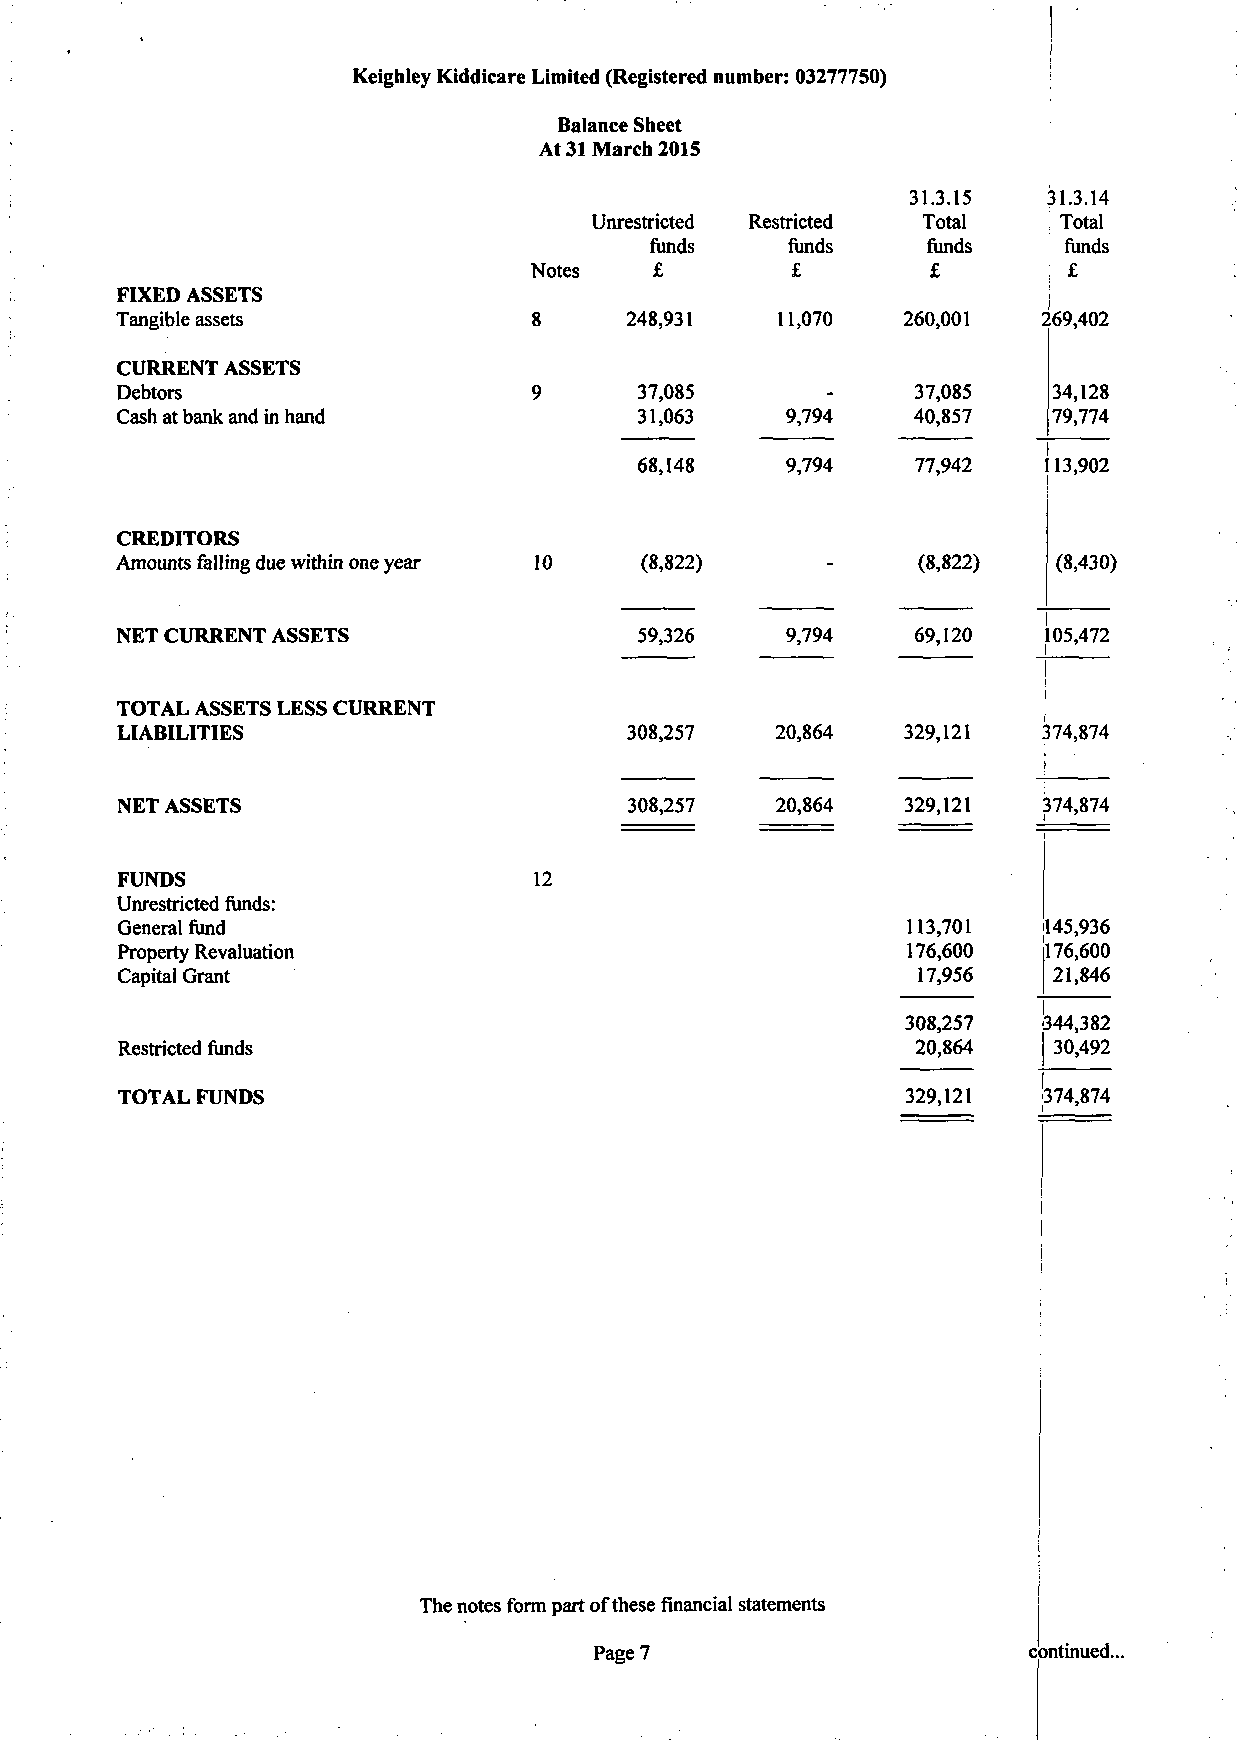
Keighley Kiddicare Limited (Registered number: 03277750)
 Balance Sheet
 At 31 March 2015
 31.3.15  31.3.14
 Unrestricted Restricted Total ', Total
 funds    funds    funds    funds
 Notes   £        £         £
 FIXED ASSETS
 •£
 Tangible assets            8     248,931   11,070   260,001
 CURRENT ASSETS
 Debtors                           37,085             37,085   34,128
 Cash at bank and in hand          31,063    9,794   40,857    79,774
 269,402
 I
 68,148    9,794    77,942
 113,902
 CREDITORS
 Amounts falling due within one year 10 (8,822)       (8,822)  (8,430)
 I
 NET CURRENT ASSETS                59,326    9,794    69,120
 105,472
 TOTAL ASSETS LESS CURRENT
 LIABILITIES                      308,257   20,864   329,121  374,874
 NET ASSETS                        308,257  20,864   329,121  374,874
 FUNDS                      12
 Unrestricted funds:
 General fund                                        113,701  145,936
 Property Revaluation                                176,600  176,600
 Capital Grant                                        17,956   21,846
 308,257  344,382
 Restricted funds                                     20,864   30,492
 TOTAL FUNDS                                         329,121  374,874
 *
 i
 The notes form part of these financial statements
 Page 7                       continued..